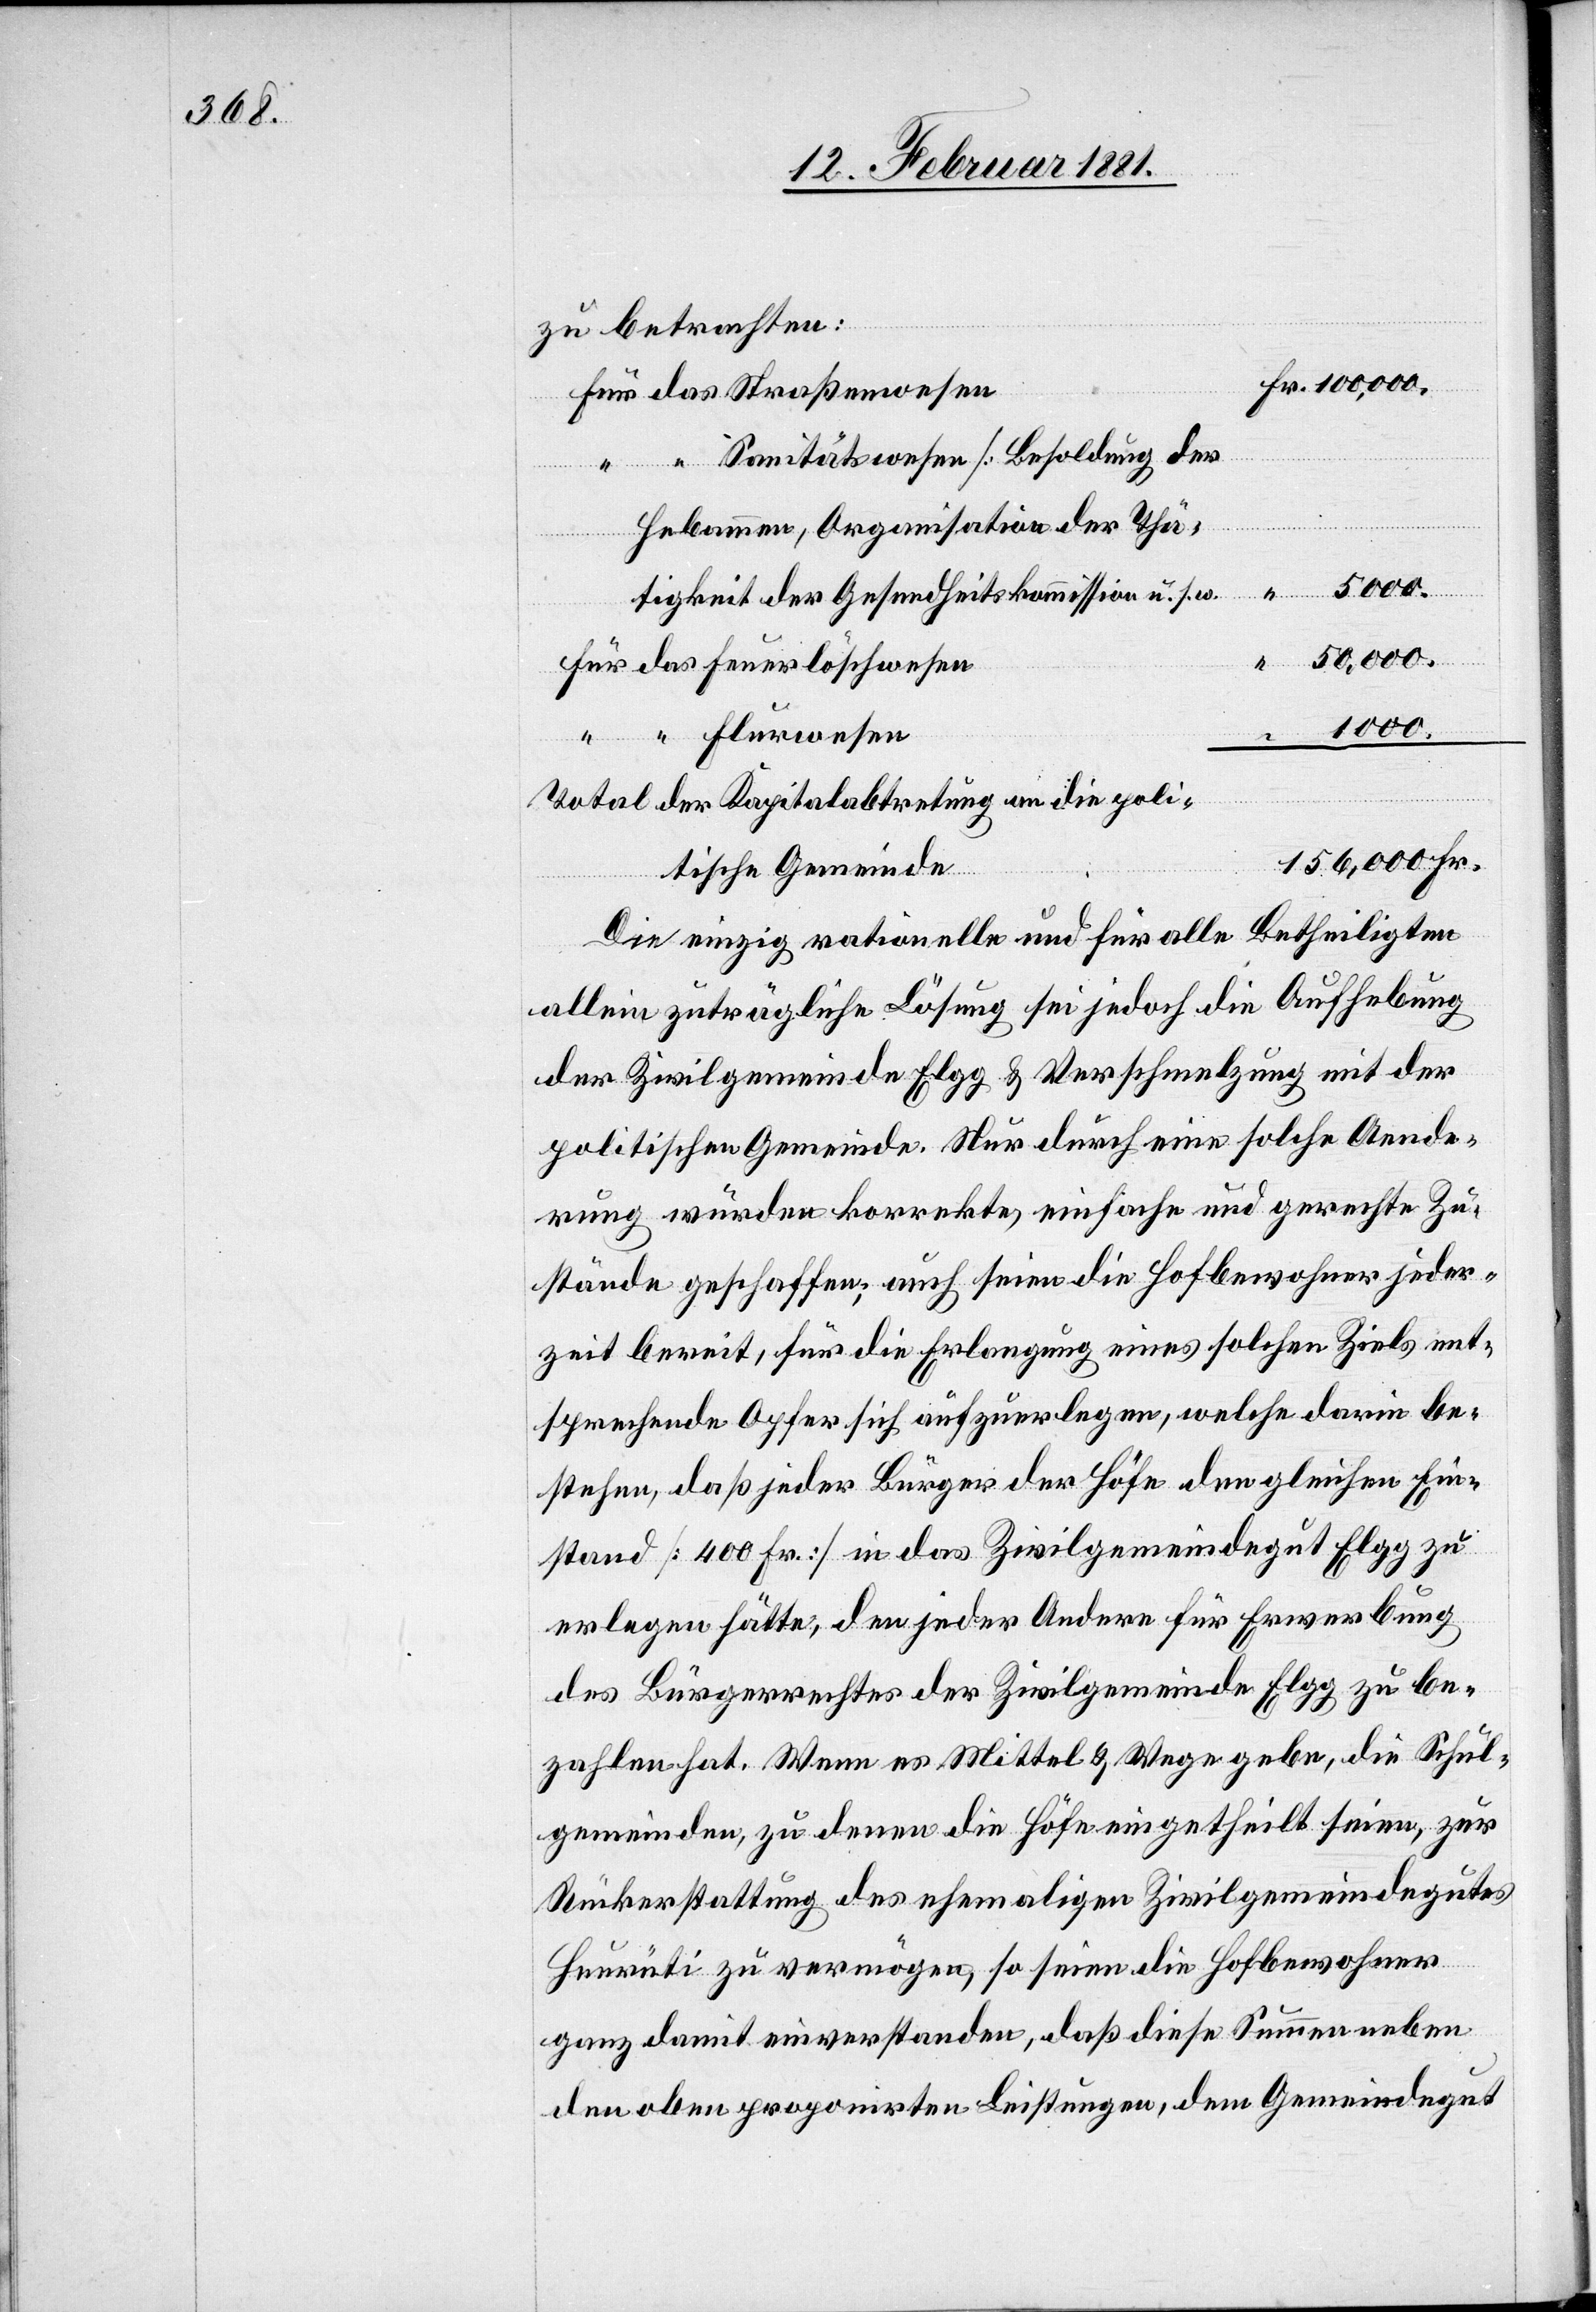
zu betrachten:
für das Straßenwesen
“ “ Sanitätswesen [Besoldung der
Hebammen, Organisation der Thä¬
tigkeit der Gesundheitskommission u. s. w.]
156,000
für das Feuerlöschwesen
1000.
“ “ Flurwesen
“
Fr.
Total der Kapitalabtretung an die poli¬
tische Gemeinde
Die einzig rationelle und für alle Betheiligten
allein zuträgliche Lösung sei jedoch die Aufhebung
der Zivilgemeinde Elgg & Verschmelzung mit der
politischen Gemeinde. Nur durch eine solche Aende¬
rung würden korrekte, einfache und gerechte Zu¬
stände geschaffen; auch seien die Hofbewohner jeder¬
zeit bereit, für die Erlangung eines solchen Ziels ent¬
sprechende Opfer sich aufzuerlegen, welche darin be¬
stehen, daß jeder Bürger der Höfe den gleichen Ein¬
stand [400 Fr.] in das Zivilgemeindegut Elgg zu
erlegen hätte, den jeder Andere für Erwerbung
des Bürgerrechtes der Zivilgemeinde Elgg zu be¬
zahlen hat. Wenn es Mittel & Wege gebe, die Schul¬
gemeinden, zu denen die Höfe eingetheilt seien, zur
Rückerstattung des ehemaligen Zivilgemeindegutes
Heurüti zu vermögen, so seien die Hofbewohner
ganz damit einverstanden, daß diese Summen neben
den oben proponirten Leistungen, dem Gemeindegut